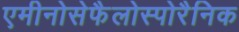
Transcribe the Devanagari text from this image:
एमीनोसेफैलोस्पोरैनिक